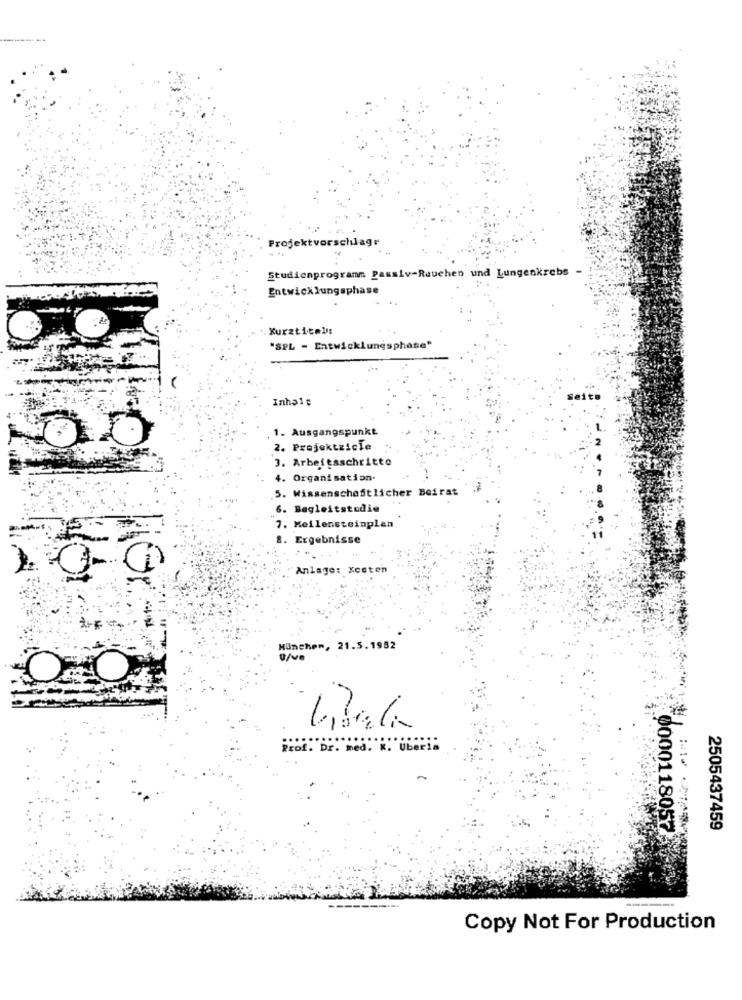
Projektvorschlagr
Studienprogramm Passiv-Rauchen und Lungenkrebs -
Entwicklungsphase
Kurztitel:
"SPL - Entwicklungsphase"
Inhalt
1. Ausgangspunkt
00
2. Projektzicle
3. Arbeitsschritte
4. Organisation.
5. Wissenschaftlicher Beirat
6. Begleitstudie
7. Meilensteinplen
B. Ergebnisse
Anlage: Kosten
Munchen, 21.5.1982
ü/ve
Prof. Dr. med. K. Uberia
2505437459
00001180573669
Copy Not For Production